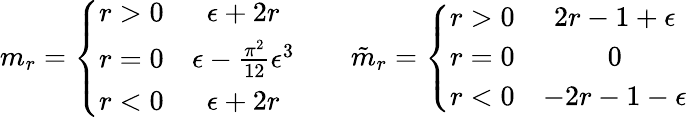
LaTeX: m_{r}=\left\{ \begin{array}{cc}{{r>0}}&{{\epsilon+2r}}\\ {{r=0}}&{{\epsilon-\frac{\pi^{2}}{12}\epsilon^{3}}}\\ {{r<0}}&{{\epsilon+2r}}\end{array}\right.\qquad\tilde{m}_{r}=\left\{ \begin{array}{cc}{{r>0}}&{{2r-1+\epsilon}}\\ {{r=0}}&{{0}}\\ {{r<0}}&{{-2r-1-\epsilon}}\end{array}\right.